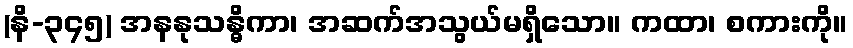
(နိ-၃၄၅) အနနုသန္ဓိကာ၊ အဆက်အသွယ်မရှိသော။ ကထာ၊ စကားကို။